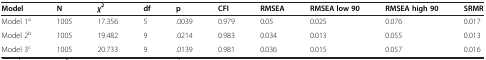
<table><thead><tr><td><b>Model</b></td><td><b>N</b></td><td><b><i>χ</i><sup>2</sup></b></td><td><b>df</b></td><td><b>p</b></td><td><b>CFI</b></td><td><b>RMSEA</b></td><td><b>RMSEA low 90</b></td><td><b>RMSEA high 90</b></td><td><b>SRMR</b></td></tr></thead><tbody><tr><td>Model 1<sup>a</sup></td><td>1005</td><td>17.356</td><td>5</td><td>.0039</td><td>0.979</td><td>0.05</td><td>0.025</td><td>0.076</td><td>0.017</td></tr><tr><td>Model 2<sup>b</sup></td><td>1005</td><td>19.482</td><td>9</td><td>.0214</td><td>0.983</td><td>0.034</td><td>0.013</td><td>0.055</td><td>0.013</td></tr><tr><td>Model 3<sup>c</sup></td><td>1005</td><td>20.733</td><td>9</td><td>.0139</td><td>0.981</td><td>0.036</td><td>0.015</td><td>0.057</td><td>0.016</td></tr></tbody></table>